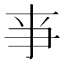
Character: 亊